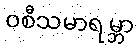
ဝစီသမာရမ္ဘာ